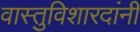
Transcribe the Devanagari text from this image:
वास्तुविशारदांनी